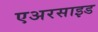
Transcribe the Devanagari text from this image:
एअरसाइड